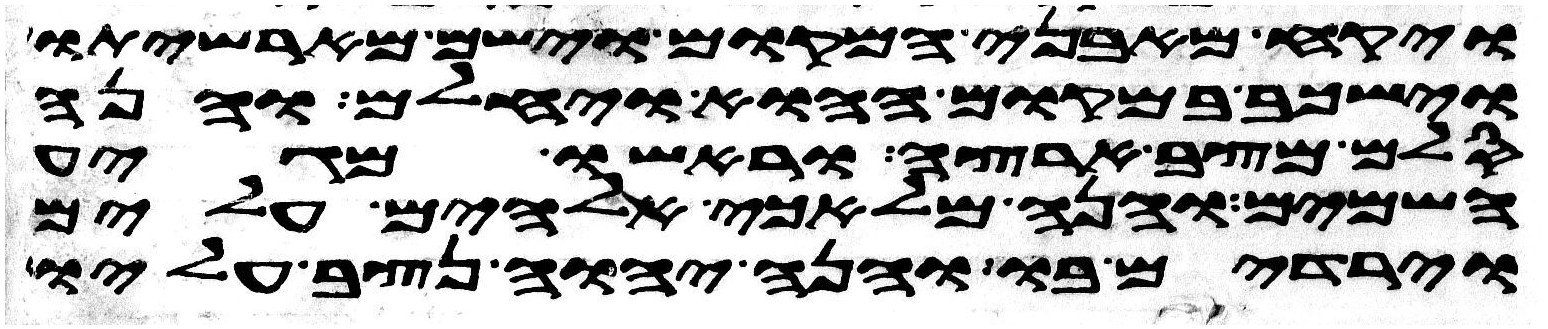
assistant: ויקח מאבני המקום וישם מראשיתו
וישכב במקום ההוא ויחלם והנה
סלם מצב ארצה וראשו מגיע
השמים והנה מלאכי אלהים עלים
וירדים בו והנה יהוה נצב עליו